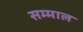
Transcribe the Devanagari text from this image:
सम्माल